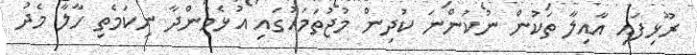
ރޫޅިފައި އާއިލާ ތަކުން ނުކުންނަ ކުދިން މުޖުތަމައުގައި އުޅެމުންދާ ނިކަމެތި ހާލާ މެދު